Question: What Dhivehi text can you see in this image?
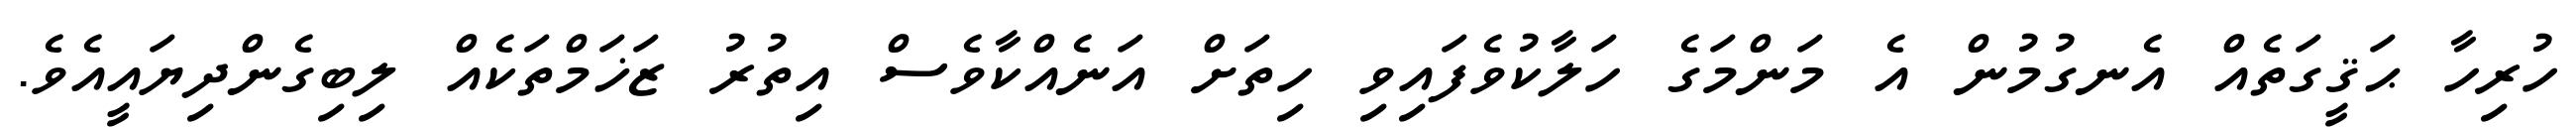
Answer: ހުރިހާ ޙަޤީގަތެއް އެނގުމުން އެ މަންމަގެ ހަލާކުވެފައިވި ހިތަށް އަނެއްކާވެސް އިތުރު ޒަޚަމްތަކެއް ލިބިގެންދިޔައީއެވެ.